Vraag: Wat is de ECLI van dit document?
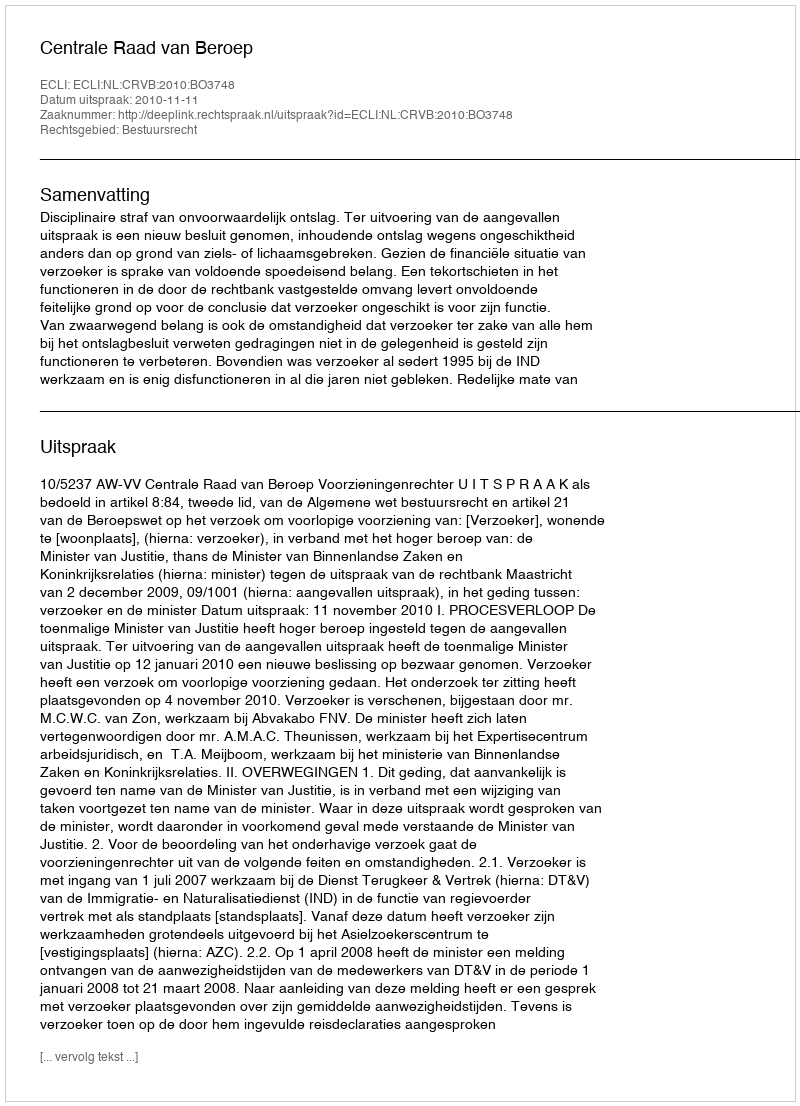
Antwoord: ECLI:NL:CRVB:2010:BO3748